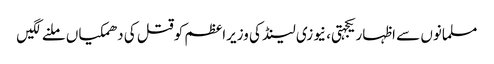
مسلمانوں سے اظہاریکجہتی، نیوزی لینڈ کی وزیراعظم کوقتل کی دھمکیاں ملنے لگیں